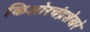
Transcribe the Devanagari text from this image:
किशोरचंद्रशेखरे